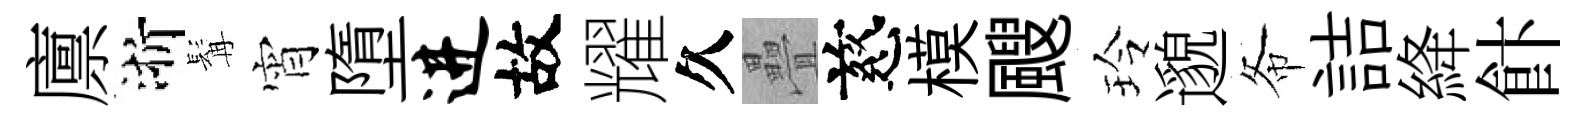
廪浙髯宵墮进故耀久疊慈模颼玲邈𢁙詰絳飰